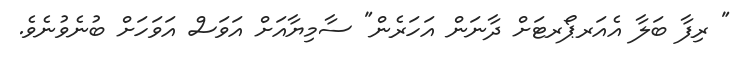
" ރިފާ ބަލާ އެއަރޕޯރޓަށް ދާނަން އަހަރެން" ސާމިޔާއަށް އަވަސް އަވަހަށް ބުނެވުނެވެ.